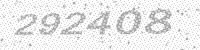
Solution: 292408